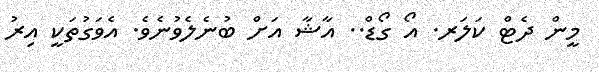
މީން ދެޓް ކަލަރ. އޯ ގޯޑް.. އާޝާ އަށް ބުނެލެވުނެވެ. އެވަގުތަކީ އިރު